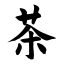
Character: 茶